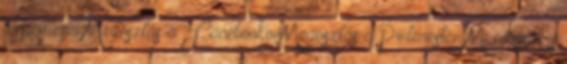
a TwitterenMegosztás a FacebookonMegosztás a Pinteresten Mi mással is